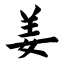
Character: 姜